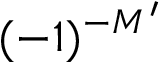
( - 1 ) ^ { - M ^ { \prime } }